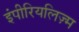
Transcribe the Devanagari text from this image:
इंपीरियलिज़्म